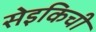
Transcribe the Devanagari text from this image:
सेइकिची